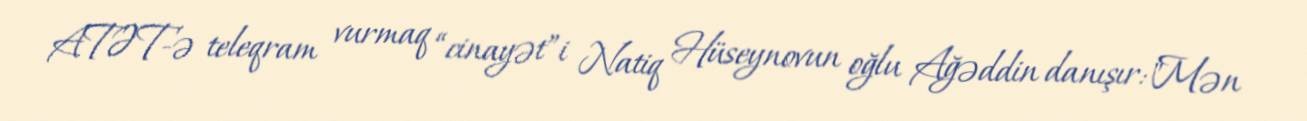
ATƏT-ə teleqram vurmaq “cinayət”i Natiq Hüseynovun oğlu Ağəddin danışır:"Mən